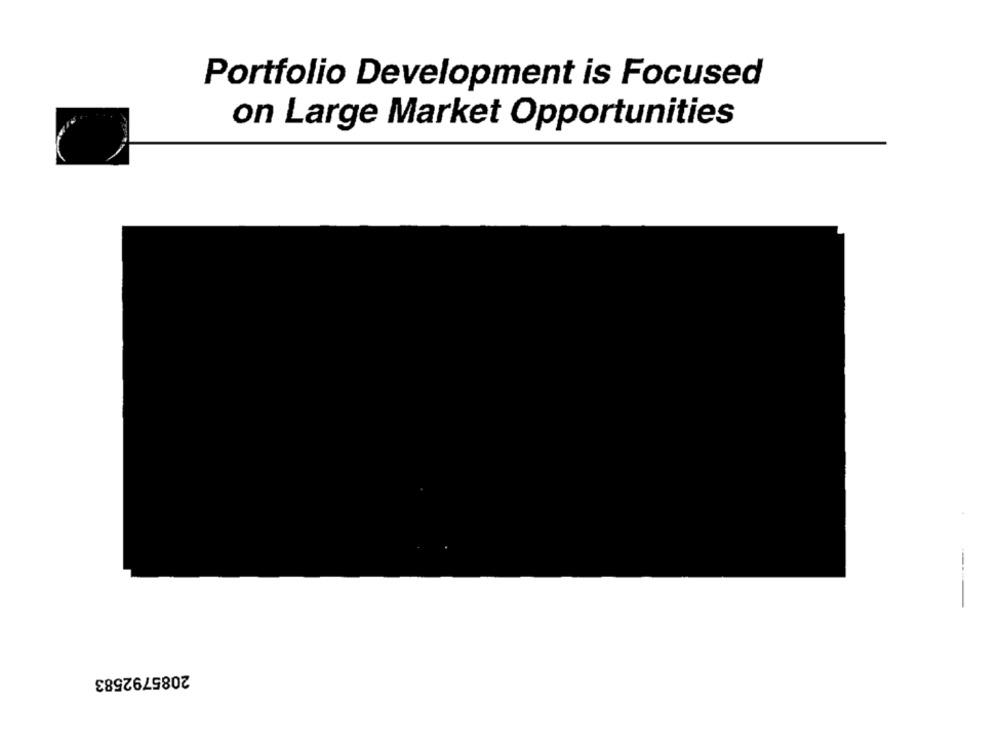
Portfolio Development is Focused
on Large Market Opportunities
2085792583